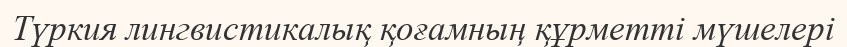
Түркия лингвистикалық қоғамның құрметті мүшелері